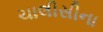
ચાલીસીના